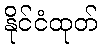
နိုင်ငံထုတ်